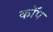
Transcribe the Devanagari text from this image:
काॅप